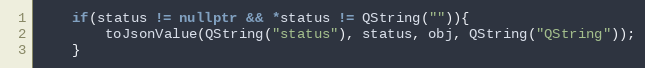
Language: C++
    if(status != nullptr && *status != QString("")){
        toJsonValue(QString("status"), status, obj, QString("QString"));
    }